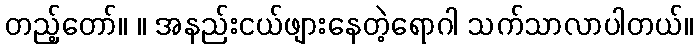
တည့်တော်။ ။ အနည်းငယ်ဖျားနေတဲ့ရောဂါ သက်သာလာပါတယ်။